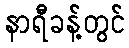
နာရီခန့်တွင်